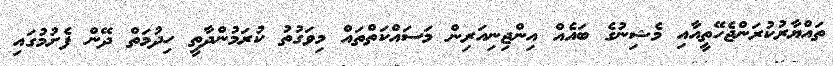
ތައްޔާރުކުރަންޖެހޭތީއާއި މެޝިނުގެ ބައެއް އިންޖިނިއަރިން މަސައްކަތްތައް މިވަގުތު ކުރަމުންދާތީ ހިދުމަތް ދޭން ފެށުމުގައި